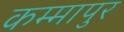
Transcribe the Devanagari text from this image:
कम्मापुर